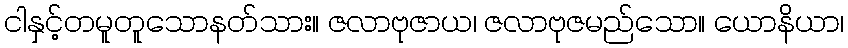
ငါနှင့်တမူတူသောနတ်သား။ ဇလာဗုဇာယ၊ ဇလာဗုဇမည်သော။ ယောနိယာ၊